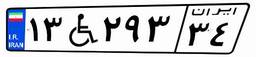
۱۳W۲۹۳۳۴